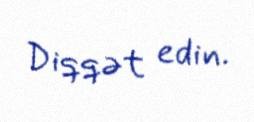
Diqqət edin.